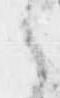
之